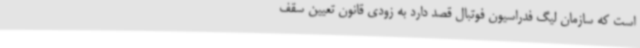
است که سازمان لیگ فدراسیون فوتبال قصد دارد به زودی قانون تعیین سقف